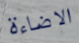
الاضاءة